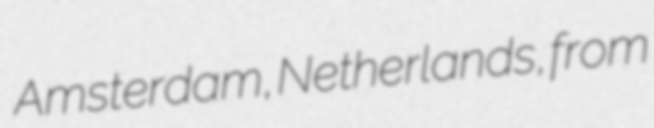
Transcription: Amsterdam, Netherlands, from